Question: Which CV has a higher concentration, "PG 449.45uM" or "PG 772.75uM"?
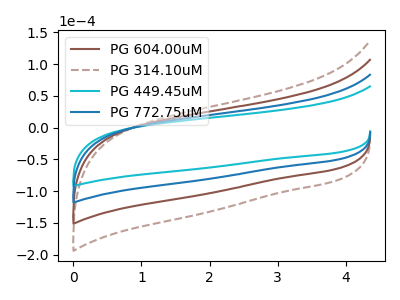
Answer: <think>The brown curve "PG 604.00uM" has no peaks. The brown dashed curve "PG 314.10uM" has no peaks. The cyan curve "PG 449.45uM" has no peaks. The blue curve "PG 772.75uM" has no peaks.
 Neither "PG 449.45uM" or "PG 772.75uM" have any peaks.</think>
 <answer>I cant tell if "PG 449.45uM" or "PG 772.75uM" has higher concentration.</answer>
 <eval>mixed_concentration</eval>